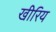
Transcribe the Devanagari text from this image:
खीरिय